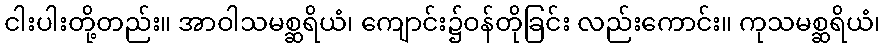
ငါးပါးတို့တည်း။ အာဝါသမစ္ဆရိယံ၊ ကျောင်း၌ဝန်တိုခြင်း လည်းကောင်း။ ကုသမစ္ဆရိယံ၊